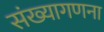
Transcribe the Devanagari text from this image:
संख्यागणना